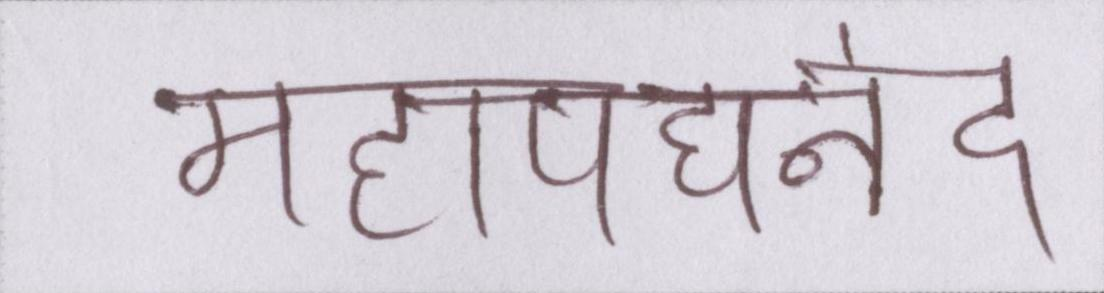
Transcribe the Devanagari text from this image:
महापद्यनंद